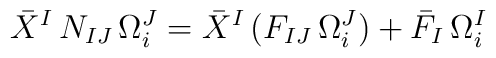
\bar X^I\, N_{IJ}\,\Omega^J_i =\bar X^I\,\big(F_{IJ}\,\Omega^J_i\big) + \bar F_I\, \Omega^I_i